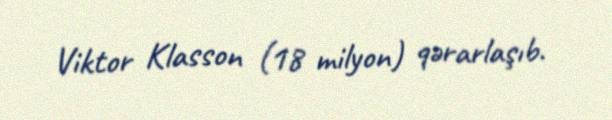
Viktor Klasson (18 milyon) qərarlaşıb.